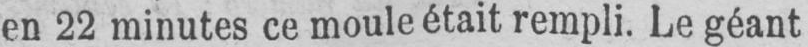
en 22 minutes ce moule était rempli. Le géant